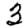
Digit: 3